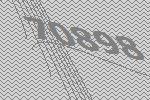
70898